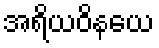
အရိယဝိနယေ